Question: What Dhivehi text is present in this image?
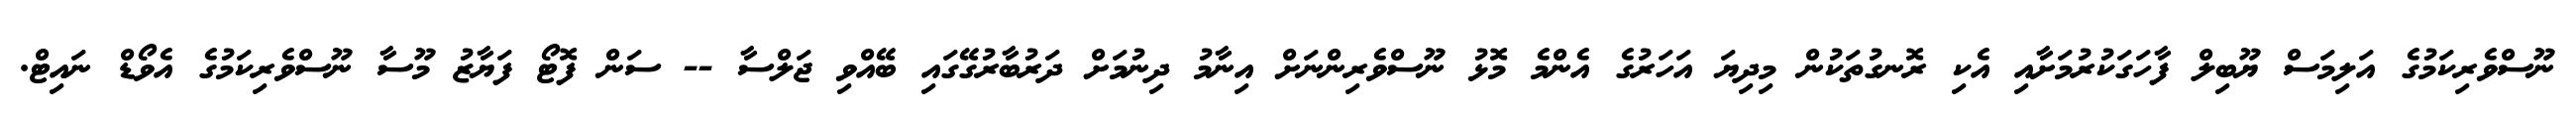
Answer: ނޫސްވެރިކަމުގެ އަލިމަސް ޔޫބިލް ފާހަގަކުރުމަށާއި އެކި ރޮނގުތަކުން މިދިޔަ އަހަރުގެ އެންމެ މޮޅު ނޫސްވެރިންނަށް އިނާމު ދިނުމަށް ދަރުބާރުގޭގައި ބޭއްވި ޖަލްސާ -- ސަން ފޮޓޯ ފަޔާޒު މޫސާ ނޫސްވެރިކަމުގެ އެވޯޑް ނައިޓް.